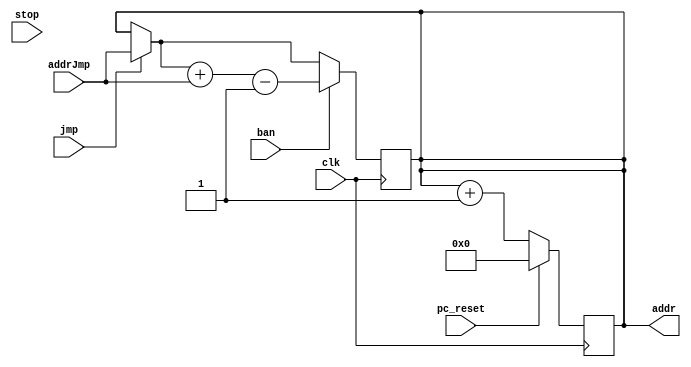
`timescale 1ns / 1ps
//////////////////////////////////////////////////////////////////////////////////
// Company: 
// Engineer: 
// 
// Design Name: 
// Module Name: MyPC
// Project Name: 
// Target Devices: 
// Tool Versions: 
// Description: 
// 
// Dependencies: 
// 
// Revision:
// Revision 0.01 - File Created
// Additional Comments:
// 
//////////////////////////////////////////////////////////////////////////////////


module MyPC(
    input wire clk, pc_reset, stop, jmp, ban, //
    input wire [3:0] addrJmp,   // 4  
    output reg [3:0] addr       // 4  
);
    assign stop = 0;            // 

    
    always@(posedge clk) begin
        if(pc_reset == 1)
            addr[3:0] <=  0;
        else
            addr = addr + 1;
        end
        
    always@(posedge clk) begin
        if(jmp == 1)            // 
            addr = addrJmp;
        if(ban == 1)
            addr = addr + addrJmp-1;
    end
    
    

endmodule